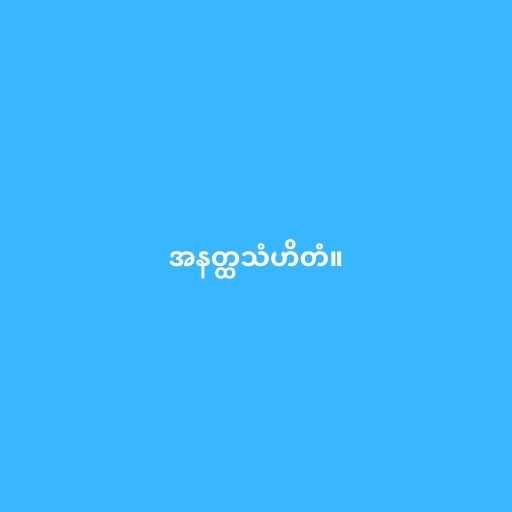
အနတ္ထသံဟိတံ။